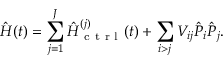
\hat { H } ( t ) = \sum _ { j = 1 } ^ { J } \hat { H } _ { \mathrm { ~ c ~ t ~ r ~ l ~ } } ^ { ( j ) } ( t ) + \sum _ { i > j } V _ { i j } \hat { P } _ { i } \hat { P } _ { j } .